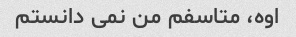
اوه، متاسفم من نمی دانستم